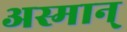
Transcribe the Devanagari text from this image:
अस्मान्